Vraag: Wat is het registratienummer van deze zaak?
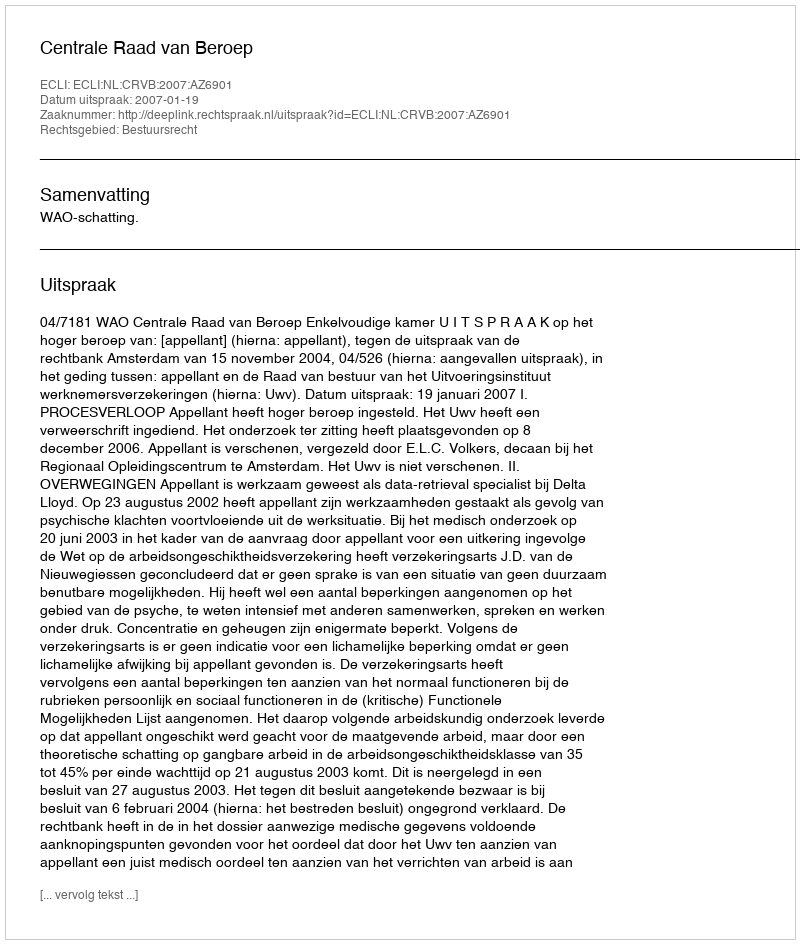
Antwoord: http://deeplink.rechtspraak.nl/uitspraak?id=ECLI:NL:CRVB:2007:AZ6901